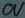
Text: 0V